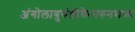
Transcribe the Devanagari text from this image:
अंगोलाबुरुंडीकैमरुनमध्य